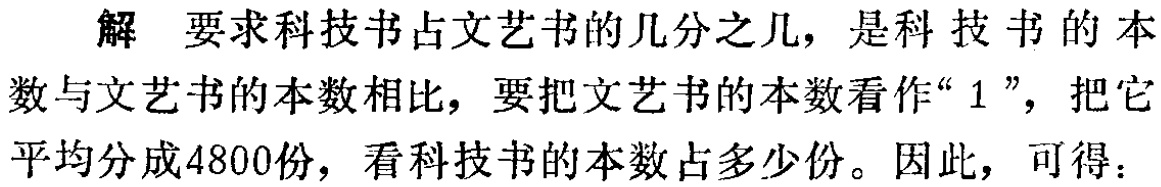
解 要求科技书占文艺书的几分之几，是科技书的本数与文艺书的本数相比，要把文艺书的本数看作“$1$”，把它平均分成4800份，看科技书的本数占多少份。因此，可得：